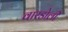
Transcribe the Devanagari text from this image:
वारडोली